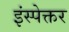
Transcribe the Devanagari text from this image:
इंस्पेक्तर